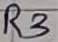
Text: R3